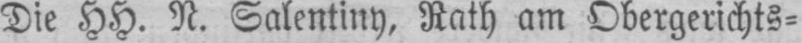
Die HH. N. Salentiny, Rath am Obergerichts⸗